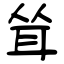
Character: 耸